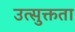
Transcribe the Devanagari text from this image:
उत्सुक्तता